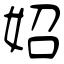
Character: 妱